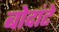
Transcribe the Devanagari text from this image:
बोदांटे